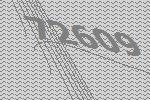
72609